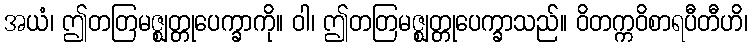
အယံ၊ ဤတတြမဇ္ဈတ္တုပေက္ခာကို။ ဝါ၊ ဤတတြမဇ္ဈတ္တုပေက္ခာသည်။ ဝိတက္ကဝိစာရပီတီဟိ၊